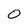
Character: 0